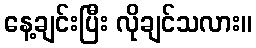
နေ့ချင်းပြီး လိုချင်သလား။